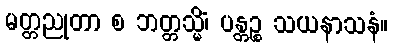
မတ္တညုတာ စ ဘတ္တသ္မိံ၊ ပန္တဉ္စ သယနာသနံ။